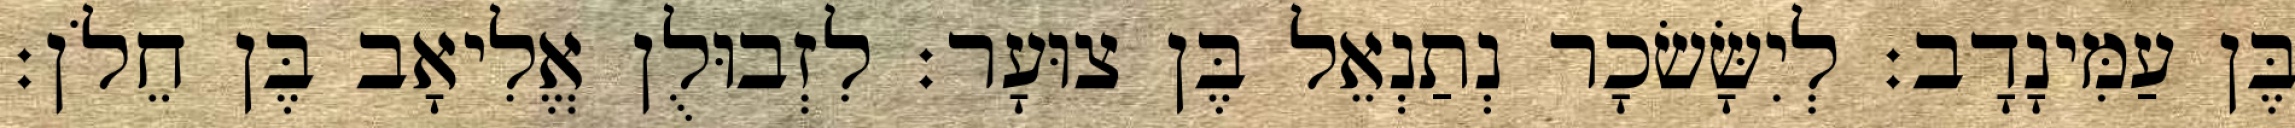
בֶּן עַמִּינָדָב׃ לְיִשָּׂשׂכָר נְתַנְאֵל בֶּן צוּעָר׃ לִזְבוּלֻן אֱלִיאָב בֶּן חֵלֹן׃